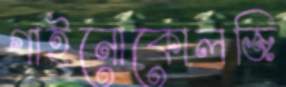
গাইনোকোলজি